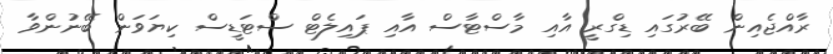
ރާއްޖެއިން ބޭރުގައި ޑިގްރީ އާއި މާސްޓާސް އާއި ޕައިލެޓް ސްޓަޑީސް ކިޔަވަން ބޭނުންވާ